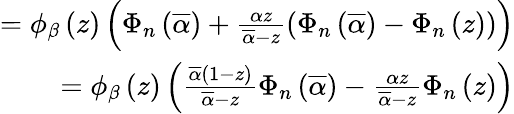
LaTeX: \begin{array}{r}{=\phi_{\beta}\left(z\right)\left(\Phi_{n}\left(\overline{{\alpha}}\right)+\frac{\alpha z}{\overline{{\alpha}}-z}\left(\Phi_{n}\left(\overline{{\alpha}}\right)-\Phi_{n}\left(z\right)\right)\right)}\\ {=\phi_{\beta}\left(z\right)\left(\frac{\overline{{\alpha}}\left(1-z\right)}{\overline{{\alpha}}-z}\Phi_{n}\left(\overline{{\alpha}}\right)-\frac{\alpha z}{\overline{{\alpha}}-z}\Phi_{n}\left(z\right)\right)}\end{array}